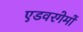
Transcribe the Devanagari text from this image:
एडवरगेमों